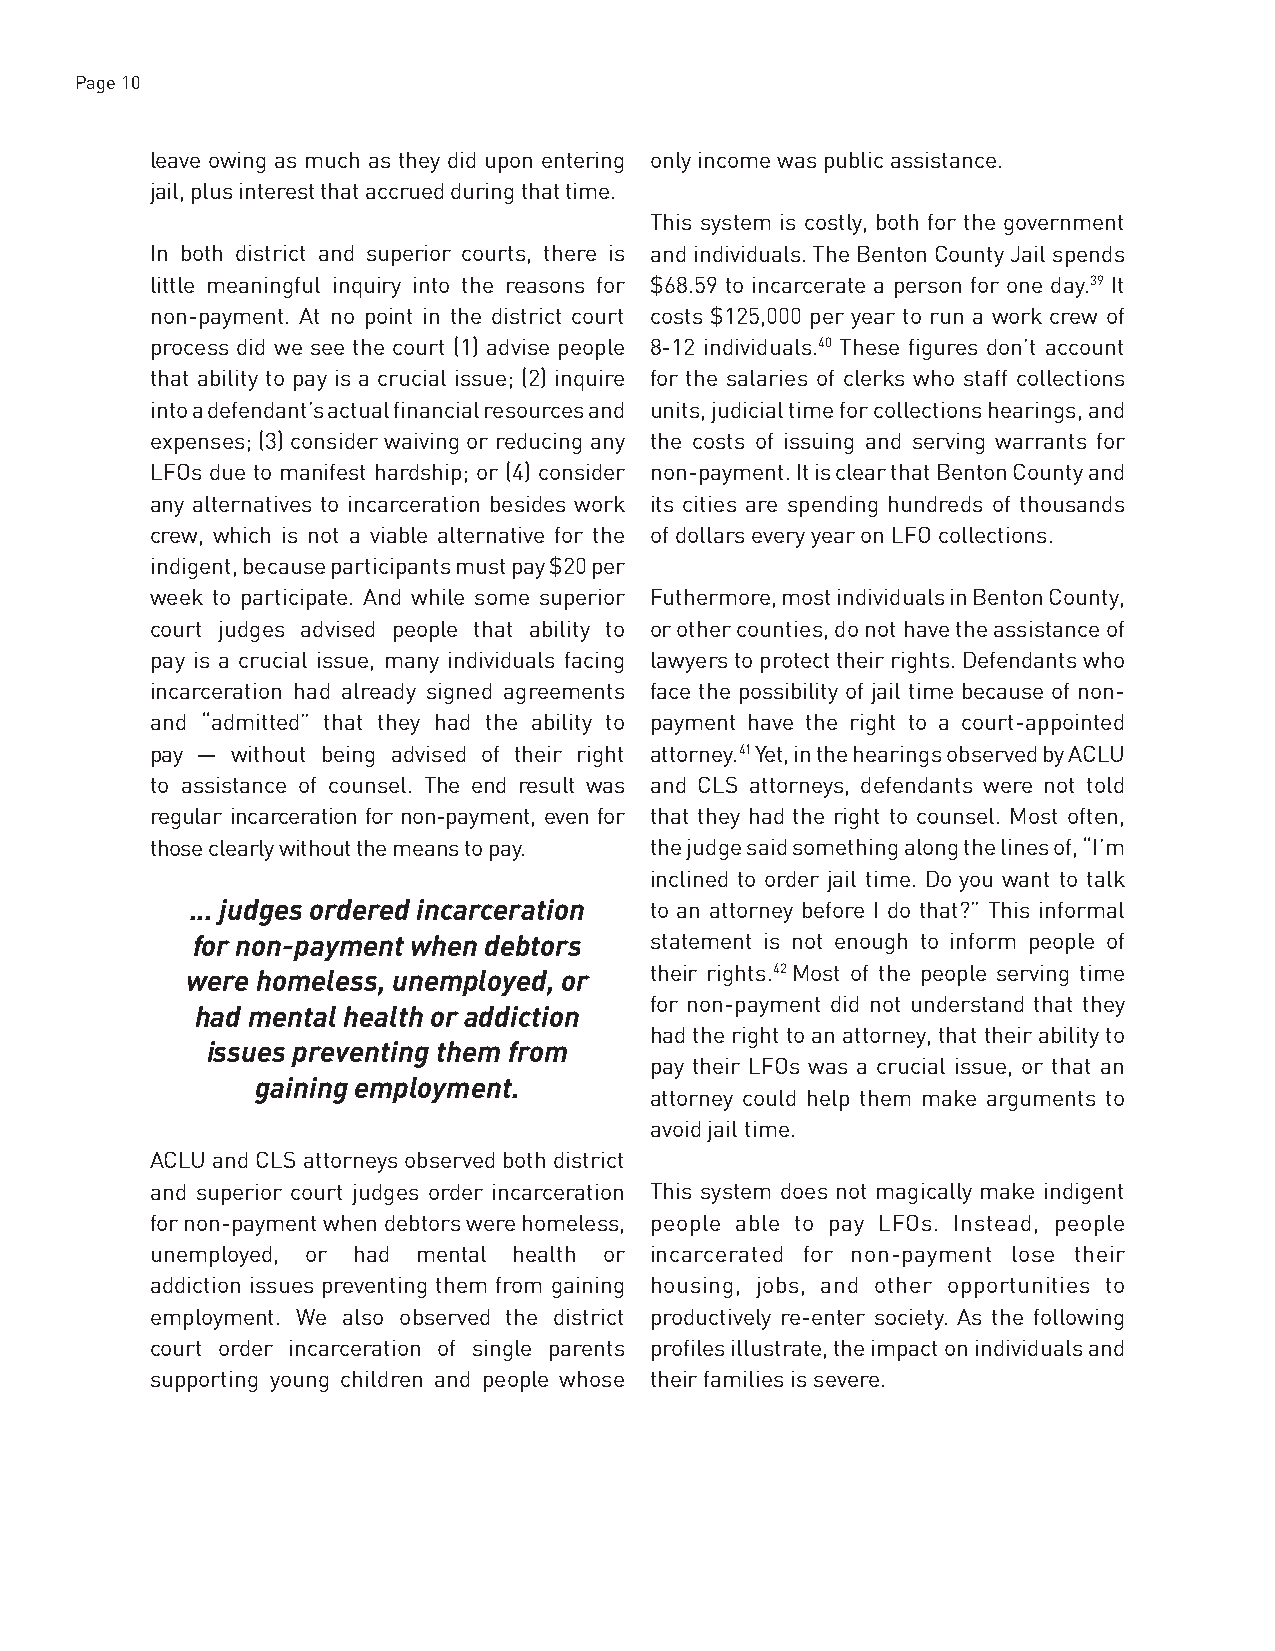
Page 10
 leave owing as much as they did upon entering only income was public assistance.
 jail, plus interest that accrued during that time.
 This system is costly, both for the government
 In both district and superior courts, there is and individuals. The Benton County Jail spends
 little meaningful inquiry into the reasons for $68.59 to incarcerate a person for one day.39 It
 non-payment. At no point in the district court costs $125,000 per year to run a work crew of
 process did we see the court (1) advise people 8-12 individuals.40 These figures don’t account
 that ability to pay is a crucial issue; (2) inquire for the salaries of clerks who staff collections
 into a defendant’s actual financial resources and units, judicial time for collections hearings, and
 expenses; (3) consider waiving or reducing any the costs of issuing and serving warrants for
 LFOs due to manifest hardship; or (4) consider non-payment. It is clear that Benton County and
 any alternatives to incarceration besides work its cities are spending hundreds of thousands
 crew, which is not a viable alternative for the of dollars every year on LFO collections.
 indigent, because participants must pay $20 per
 week to participate. And while some superior Futhermore, most individuals in Benton County,
 court judges advised people that ability to or other counties, do not have the assistance of
 pay is a crucial issue, many individuals facing lawyers to protect their rights. Defendants who
 incarceration had already signed agreements face the possibility of jail time because of non-
 and “admitted” that they had the ability to payment have the right to a court-appointed
 pay — without being advised of their right attorney.41 Yet, in the hearings observed by ACLU
 to assistance of counsel. The end result was and CLS attorneys, defendants were not told
 regular incarceration for non-payment, even for that they had the right to counsel. Most often,
 those clearly without the means to pay. the judge said something along the lines of, “I’m
 inclined to order jail time. Do you want to talk
 ... judges ordered incarceration to an attorney before I do that?” This informal
 for non-payment when debtors  statement is not enough to inform people of
 were homeless, unemployed, or  their rights.42 Most of the people serving time
 for non-payment did not understand that they
 had mental health or addiction
 had the right to an attorney, that their ability to
 issues preventing them from
 pay their LFOs was a crucial issue, or that an
 gaining employment.
 attorney could help them make arguments to
 avoid jail time.
 ACLU and CLS attorneys observed both district
 and superior court judges order incarceration This system does not magically make indigent
 for non-payment when debtors were homeless, people able to pay LFOs. Instead, people
 unemployed, or had mental health or incarcerated for non-payment lose their
 addiction issues preventing them from gaining housing, jobs, and other opportunities to
 employment. We also observed the district productively re-enter society. As the following
 court order incarceration of single parents profiles illustrate, the impact on individuals and
 supporting young children and people whose their families is severe.